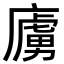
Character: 㢚